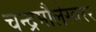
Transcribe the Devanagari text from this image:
चन्द्रमौलेस्वरर